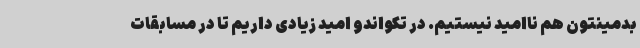
بدمینتون هم ناامید نیستیم. در تکواندو امید زیادی داریم تا در مسابقات